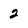
Character: 2